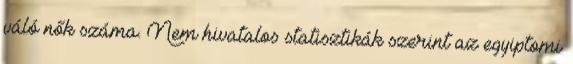
váló nők száma. Nem hivatalos statisztikák szerint az egyiptomi